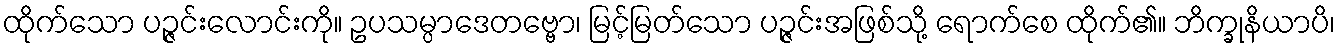
ထိုက်သော ပဉ္ဇင်းလောင်းကို။ ဥပသမ္ပာဒေတဗ္ဗော၊ မြင့်မြတ်သော ပဉ္ဇင်းအဖြစ်သို့ ရောက်စေ ထိုက်၏။ ဘိက္ခုနိယာပိ၊